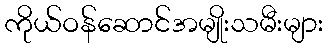
ကိုယ်ဝန်ဆောင်အမျိုးသမီးများ